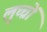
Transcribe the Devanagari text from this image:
लुच्चों